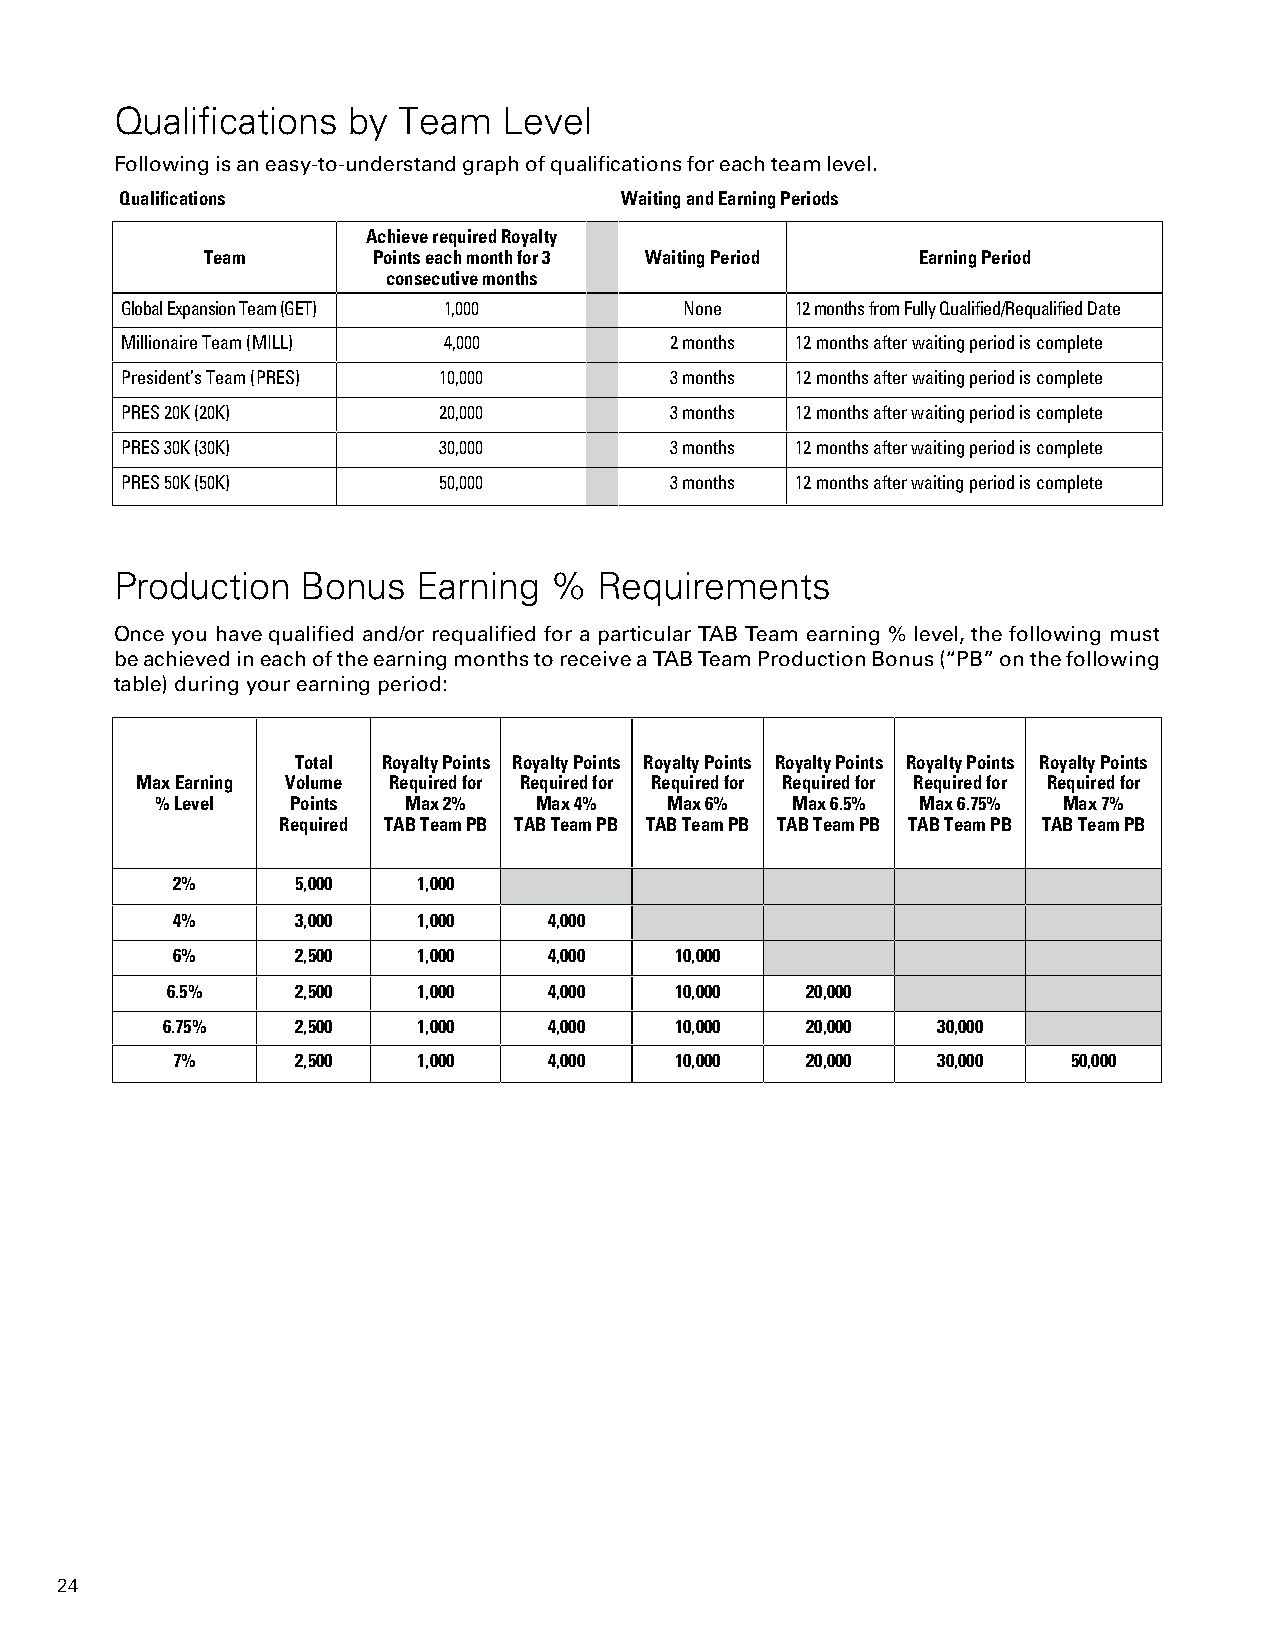
Qualifications by Team   Level
 Following is an easy-to-understand graph of qualifications for each team level.
 Qualifications                   Waiting and Earning Periods
 Achieve required Royalty
 Team        Points each month for 3 Waiting Period Earning Period
 consecutive months
 Global Expansion Team (GET) 1,000    None    12 months from Fully Qualified/Requalified Date
 Millionaire Team (MILL) 4,000       2 months 12 months after waiting period is complete
 President’s Team (PRES) 10,000      3 months 12 months after waiting period is complete
 PRES 20K (20K)       20,000         3 months 12 months after waiting period is complete
 PRES 30K (30K)       30,000         3 months 12 months after waiting period is complete
 PRES 50K (50K)       50,000         3 months 12 months after waiting period is complete
 Production  Bonus   Earning %   Requirements
 Once you have qualified and/or requalified for a particular TAB Team earning % level, the following must
 be achieved in each of the earning months to receive a TAB Team Production Bonus (“PB” on the following
 table) during your earning period:
 Total Royalty Points Royalty Points Royalty Points Royalty Points Royalty Points Royalty Points
 Max Earning Volume Required for Required for Required for Required for Required for Required for
 % Level  Points  Max 2%  Max 4%   Max 6%  Max 6.5% Max 6.75% Max 7%
 Required TAB Team PB TAB Team PB TAB Team PB TAB Team PB TAB Team PB TAB Team PB
 2%       5,000   1,000
 4%       3,000   1,000   4,000
 6%       2,500   1,000   4,000    10,000
 6.5%     2,500   1,000   4,000    10,000  20,000
 6.75%    2,500   1,000   4,000    10,000  20,000   30,000
 7%       2,500   1,000   4,000    10,000  20,000   30,000   50,000
 24